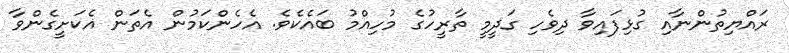
ރައްޔިތުންނާއި ގުޅިފައިވާ ދިވެހި ގަދީމީ ތާރީހުގެ މުހިއްމު ބައެކެވެ. އެހެންކަމުން އެތަން އެކަށީގެންވާ